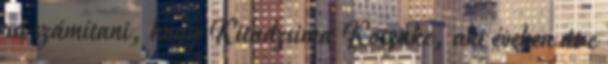
rá számítani, hogy Kitadzsima Koszuke, aki éveken át e